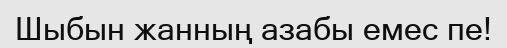
Шыбын жанның азабы емес пе!